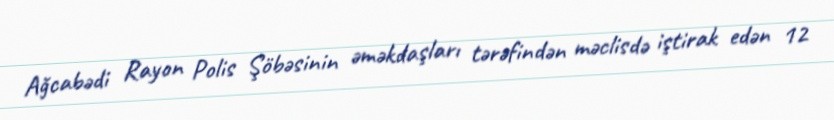
Ağcabədi Rayon Polis Şöbəsinin əməkdaşları tərəfindən məclisdə iştirak edən 12